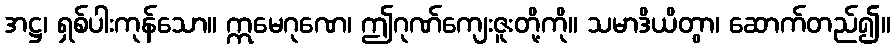
အဋ္ဌ၊ ရှစ်ပါးကုန်သော။ ဣမေဂုဏေ၊ ဤဂုဏ်ကျေးဇူးတို့ကို။ သမာဒိယိတွာ၊ ဆောက်တည်၍။